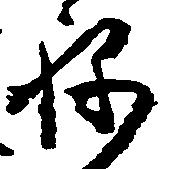
ね